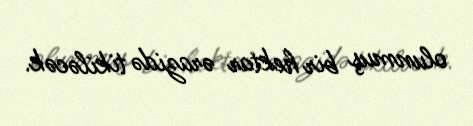
olunmuş bir hektar ərazidə tikiləcək.